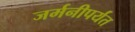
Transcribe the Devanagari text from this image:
जर्मनीपर्यंत